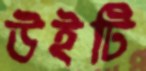
উইটি